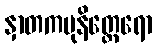
နှာတကမုနိတ္ထေရော